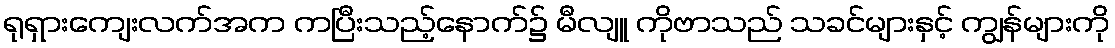
ရုရှားကျေးလက်အက ကပြီးသည့်နောက်၌ မီလျူ ကိုဗာသည် သခင်များနှင့် ကျွန်များကို